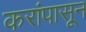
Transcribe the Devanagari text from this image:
करांपासून